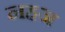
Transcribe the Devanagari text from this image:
नहज